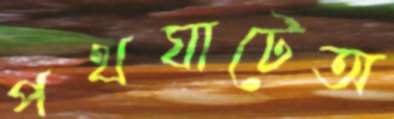
পথঘাটেঅ